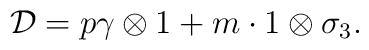
{\cal D}=p\gamma\otimes 1+m\cdot 1\otimes\sigma_3.